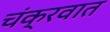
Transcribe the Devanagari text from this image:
चंक्रवात